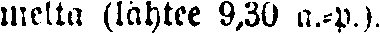
melta (lähtee 9,30 a.-p.).